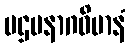
ပဌမနာဂဝိမာနံ